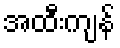
အထီးကျန်